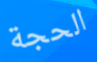
الحجة